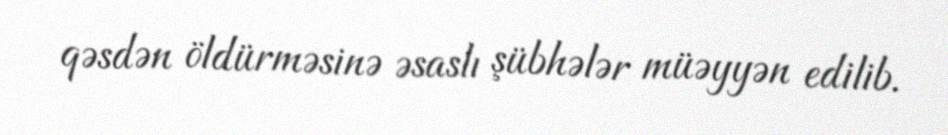
qəsdən öldürməsinə əsaslı şübhələr müəyyən edilib.